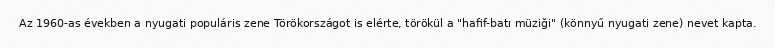
Az 1960-as években a nyugati populáris zene Törökországot is elérte, törökül a "hafif-batı müziği" (könnyű nyugati zene) nevet kapta.